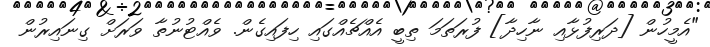
"އެމީހުން [ދަރިފުޅާއި ނާހިދާ] ފުރަތަމަ ތިބީ އެއްޗެއްގައި ހިފައިގެން. ވެއްޓުނުތާ ވަރަށް ގިނައިރުން